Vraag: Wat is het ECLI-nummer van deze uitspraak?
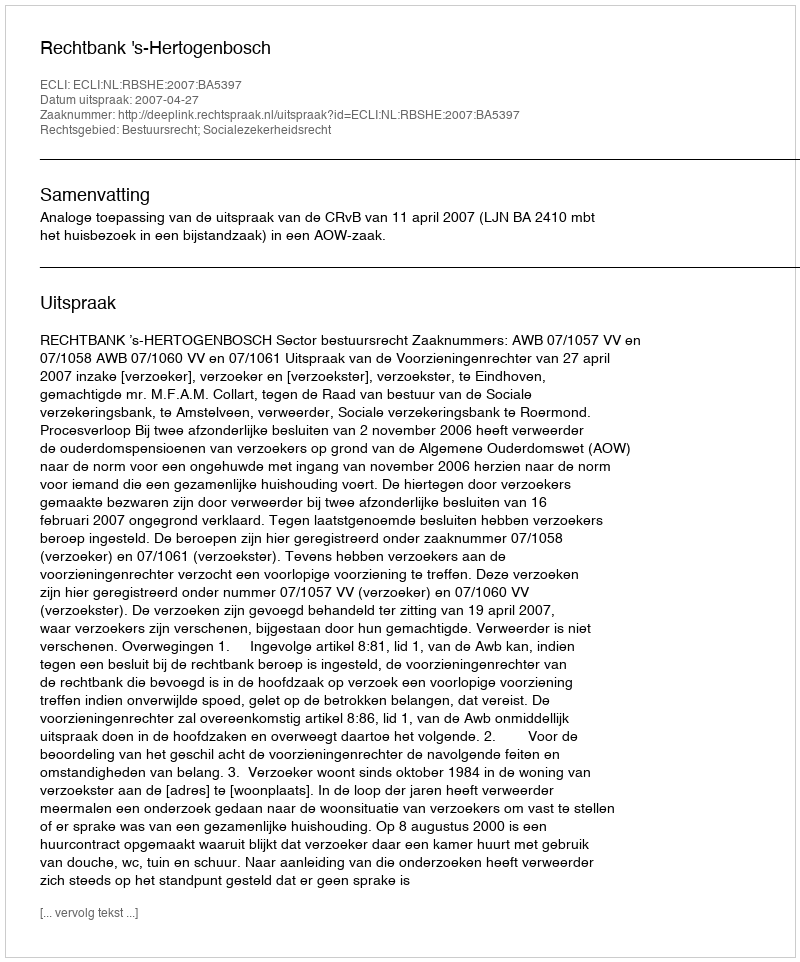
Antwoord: ECLI:NL:RBSHE:2007:BA5397